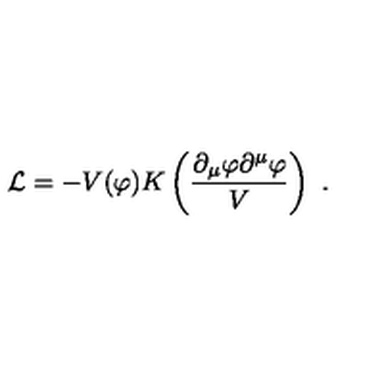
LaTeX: { \cal L } = - V ( \varphi ) K \left( { \frac { \partial _ { \mu } \varphi \partial ^ { \mu } \varphi } { V } } \right) \ .